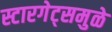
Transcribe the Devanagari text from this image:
स्टारगेट्समुळे